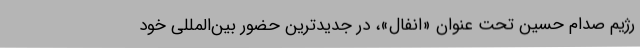
رژيم صدام حسين تحت عنوان «اَنفال»، در جدیدترین حضور بین‌المللی خود